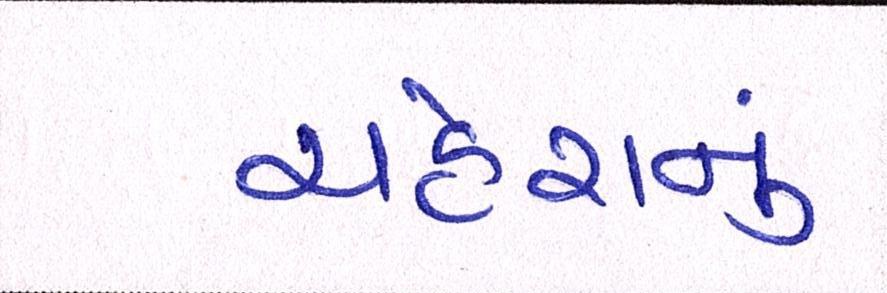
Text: ચહેરાનું